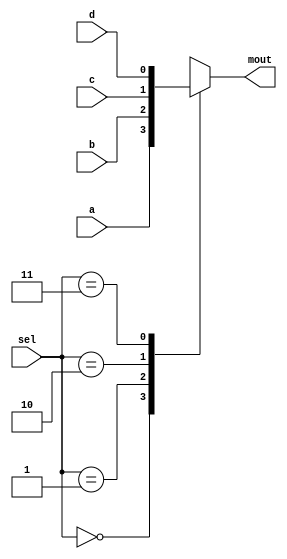
/*
mux, or multiplexer.

outputs one of the signals from a, b, c, d, based on the sel input.

the output is updated every time an input changes.
*/

module mux(
a,
b,
c,
d,
sel,
mout
);

input a;
input b;
input c;
input d;
input [1:0] sel;

output mout;

wire a;
wire b;
wire c;
wire d;
wire [1:0] sel;

reg mout;

always @(sel or a or b or c or d)
begin
    case(sel)
        2'b00 : mout = a;
        2'b01 : mout = b;
        2'b10 : mout = c;
        2'b11 : mout = d;
    endcase
end

endmodule